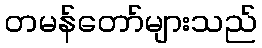
တမန်တော်များသည်